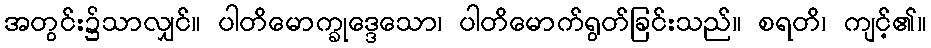
အတွင်း၌သာလျှင်။ ပါတိမောက္ခုဒ္ဒေသော၊ ပါတိမောက်ရွတ်ခြင်းသည်။ စရတိ၊ ကျင့်၏။